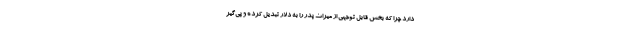
دارد چرا که بخش قابل توجهی از میراث پدر را به دلار تبدیل کرده و پی‌گیر